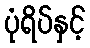
ပုံရိပ်နှင့်